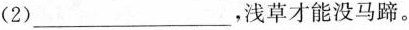
(2)___，浅草才能没马蹄。